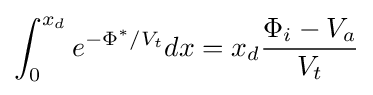
\int _{0}^{x_{d}}e^{-\Phi ^{*}/V_{t}}dx=x_{d}{\frac {\Phi _{i}-V_{a}}{V_{t}}}